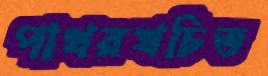
পাথরখচিত